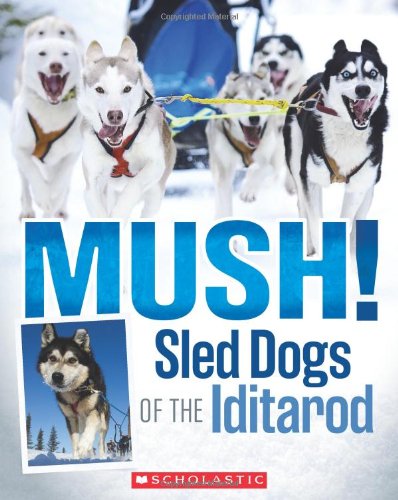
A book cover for Mush! The Sled Dogs of the Iditarod; Joe Funk; Sports & Outdoors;